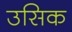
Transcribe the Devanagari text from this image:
उसिक